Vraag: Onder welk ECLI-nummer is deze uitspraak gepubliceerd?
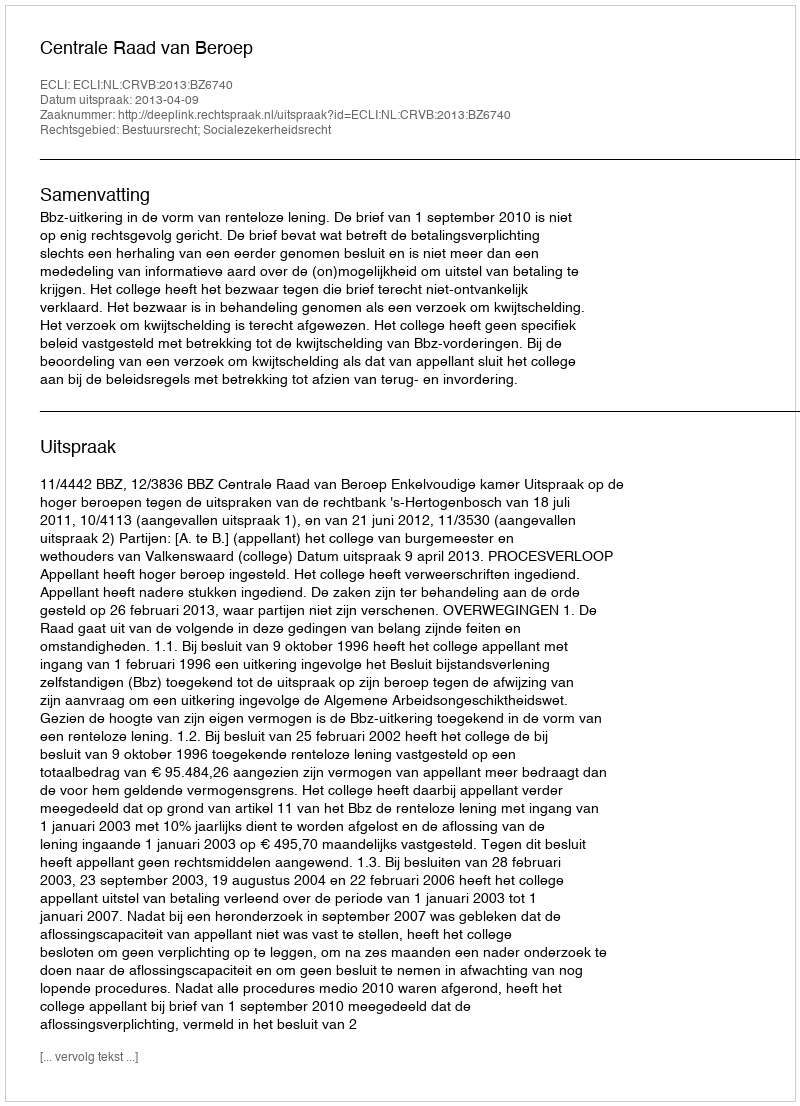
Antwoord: ECLI:NL:CRVB:2013:BZ6740